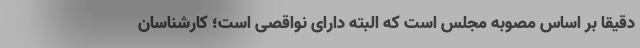
دقیقا بر اساس مصوبه مجلس است که البته دارای نواقصی است؛ کارشناسان